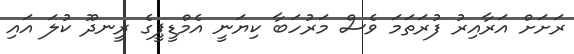
ރަށަށް އަރާއިރު ފުރަތަމަ ވެސް މަރުހަބާ ކިޔަނީ އެމްޑީޕީގެ ރީނދޫ ކުލަ އައި